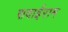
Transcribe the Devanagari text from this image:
सवाईराम